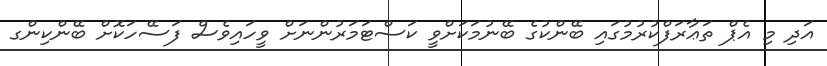
އަދި މި އެޕް ތަޢާރަފްކުރުމުގައި ބޭންކުގެ ބޭނުމަކަށްވީ ކަސްޓަމަރުންނަށް ވީހައިވެސް ފަސޭހަކޮށް ބޭންކިންގ